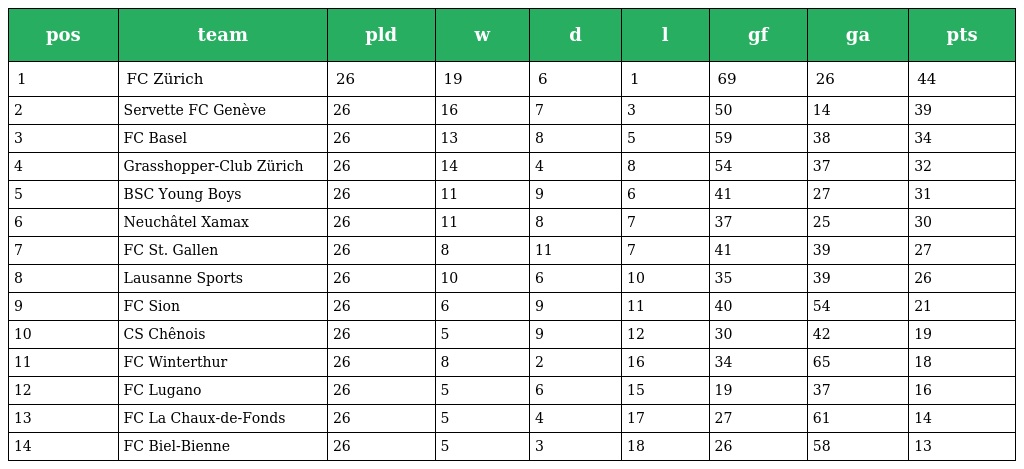
| pos | team | pld | w | d | l | gf | ga | pts |
 | --- | --- | --- | --- | --- | --- | --- | --- | --- |
 | 1 | FC Zürich | 26 | 19 | 6 | 1 | 69 | 26 | 44 |
 | 2 | Servette FC Genève | 26 | 16 | 7 | 3 | 50 | 14 | 39 |
 | 3 | FC Basel | 26 | 13 | 8 | 5 | 59 | 38 | 34 |
 | 4 | Grasshopper-Club Zürich | 26 | 14 | 4 | 8 | 54 | 37 | 32 |
 | 5 | BSC Young Boys | 26 | 11 | 9 | 6 | 41 | 27 | 31 |
 | 6 | Neuchâtel Xamax | 26 | 11 | 8 | 7 | 37 | 25 | 30 |
 | 7 | FC St. Gallen | 26 | 8 | 11 | 7 | 41 | 39 | 27 |
 | 8 | Lausanne Sports | 26 | 10 | 6 | 10 | 35 | 39 | 26 |
 | 9 | FC Sion | 26 | 6 | 9 | 11 | 40 | 54 | 21 |
 | 10 | CS Chênois | 26 | 5 | 9 | 12 | 30 | 42 | 19 |
 | 11 | FC Winterthur | 26 | 8 | 2 | 16 | 34 | 65 | 18 |
 | 12 | FC Lugano | 26 | 5 | 6 | 15 | 19 | 37 | 16 |
 | 13 | FC La Chaux-de-Fonds | 26 | 5 | 4 | 17 | 27 | 61 | 14 |
 | 14 | FC Biel-Bienne | 26 | 5 | 3 | 18 | 26 | 58 | 13 |